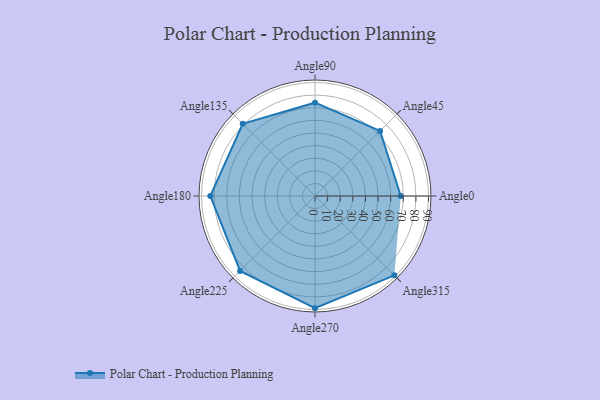
{"axis": {"x": "Angle", "y": "Radius"}, "legend": [""], "data": [{"x": "Angle0", "y": 68.0, "type": ""}, {"x": "Angle45", "y": 73.0, "type": ""}, {"x": "Angle90", "y": 74.0, "type": ""}, {"x": "Angle135", "y": 81.0, "type": ""}, {"x": "Angle180", "y": 83.0, "type": ""}, {"x": "Angle225", "y": 84.0, "type": ""}, {"x": "Angle270", "y": 89.0, "type": ""}, {"x": "Angle315", "y": 89.0, "type": ""}]}